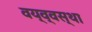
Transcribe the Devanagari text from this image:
वय्व्वस्था